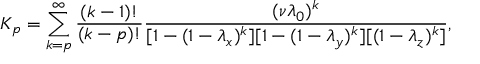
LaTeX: K _ { p } = \sum _ { k = p } ^ { \infty } \frac { ( k - 1 ) ! } { ( k - p ) ! } \frac { ( \nu \lambda _ { 0 } ) ^ { k } } { [ 1 - ( 1 - \lambda _ { x } ) ^ { k } ] [ 1 - ( 1 - \lambda _ { y } ) ^ { k } ] [ ( 1 - \lambda _ { z } ) ^ { k } ] } ,